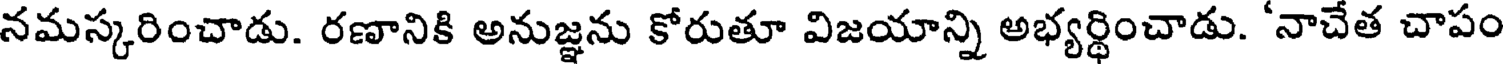
నమస్కరించాడు. రణానికి అనుజ్ఞను కోరుతూ విజయాన్ని అభ్యర్థించాడు. 'నాచేత చాపం